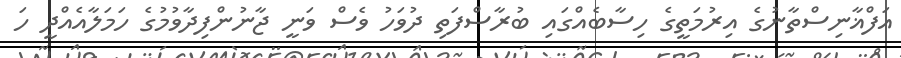
އަފްޣާނިސްތާނުގެ އިރުމަތީގެ ހިސާބެއްގައި ބުރާސްފަތި ދުވަހު ވެސް ވަނީ ޖާނުންފިދާވުމުގެ ހަމަލާއެއްދީ ހަ